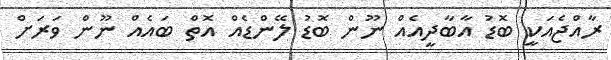
ރާއްޖެއަކީ ބޮޑު އާބާދީއެއް ނޫން ބޮޑު ލޭންޑެއް އޮތް ބައެއް ނޫން ވަރަށް